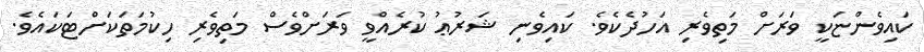
ކައިވެންޏަކީ ވަރަށް މަތިވެރި އަހުދެކެވެ. ކައިވެނި ޝަރުޢު ކުރެއްވީ ވަރަށްވެސް މަތިވެރި ހިކުމަތަކަށްޓަަކައެވެ.